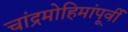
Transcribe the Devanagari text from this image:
चांद्रमोहिमांपूर्वी